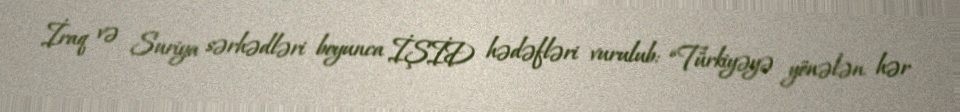
İraq və Suriya sərhədləri boyunca İŞİD hədəfləri vurulub: “Türkiyəyə yönələn hər